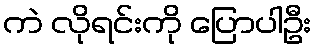
ကဲ လိုရင်းကို ပြောပါဦး